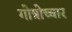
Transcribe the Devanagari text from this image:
गोत्रोच्चार